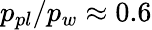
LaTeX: p_{pl}/p_{w}\approx 0.6